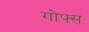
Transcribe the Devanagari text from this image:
गोफ्स